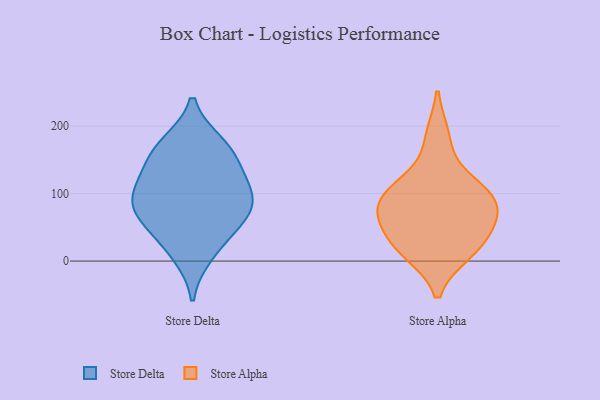
{"axis": {"x": "Churn Rate (%)", "y": "Value"}, "legend": ["Store Alpha", "Store Delta"], "data": [{"x": "", "y": 38, "type": "Store Delta"}, {"x": "", "y": 151, "type": "Store Delta"}, {"x": "", "y": 102, "type": "Store Delta"}, {"x": "", "y": 103, "type": "Store Delta"}, {"x": "", "y": 167, "type": "Store Delta"}, {"x": "", "y": 70, "type": "Store Delta"}, {"x": "", "y": 173, "type": "Store Delta"}, {"x": "", "y": 10, "type": "Store Delta"}, {"x": "", "y": 76, "type": "Store Delta"}, {"x": "", "y": 123, "type": "Store Delta"}, {"x": "", "y": 73, "type": "Store Delta"}, {"x": "", "y": 183, "type": "Store Alpha"}, {"x": "", "y": 109, "type": "Store Alpha"}, {"x": "", "y": 72, "type": "Store Alpha"}, {"x": "", "y": 20, "type": "Store Alpha"}, {"x": "", "y": 28, "type": "Store Alpha"}, {"x": "", "y": 101, "type": "Store Alpha"}, {"x": "", "y": 102, "type": "Store Alpha"}, {"x": "", "y": 14, "type": "Store Alpha"}, {"x": "", "y": 63, "type": "Store Alpha"}, {"x": "", "y": 71, "type": "Store Alpha"}]}